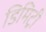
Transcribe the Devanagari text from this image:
डिमिट्री